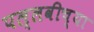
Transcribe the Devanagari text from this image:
पल्लवीच्या